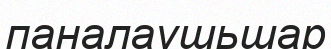
паналаушьшар